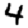
Digit: 4